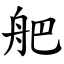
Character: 舥